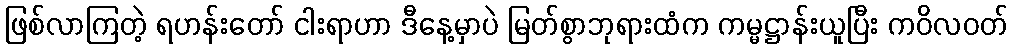
ဖြစ်လာကြတဲ့ ရဟန်းတော် ငါးရာဟာ ဒီနေ့မှာပဲ မြတ်စွာဘုရားထံက ကမ္မဋ္ဌာန်းယူပြီး ကဝိလဝတ်